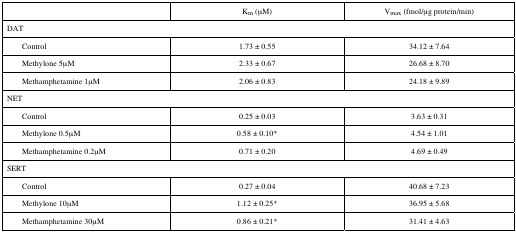
|  | Km (μM) | Vmax (fmol/μg protein/min) |
 | --- | --- | --- |
 | <COLSPAN=3> DAT |
 | Control | 1.73 ± 0.55 | 34.12 ± 7.64 |
 | Methylone 5μM | 2.33 ± 0.67 | 26.68 ± 8.70 |
 | Methamphetamine 1μM | 2.06 ± 0.83 | 24.18 ± 9.89 |
 | <COLSPAN=3> NET |
 | Control | 0.25 ± 0.03 | 3.63 ± 0.31 |
 | Methylone 0.5μM | 0.58 ± 0.10* | 4.54 ± 1.01 |
 | Methamphetamine 0.2μM | 0.71 ± 0.20 | 4.69 ± 0.49 |
 | <COLSPAN=3> SERT |
 | Control | 0.27 ± 0.04 | 40.68 ± 7.23 |
 | Methylone 10μM | 1.12 ± 0.25* | 36.95 ± 5.68 |
 | Methamphetamine 30μM | 0.86 ± 0.21* | 31.41 ± 4.63 |